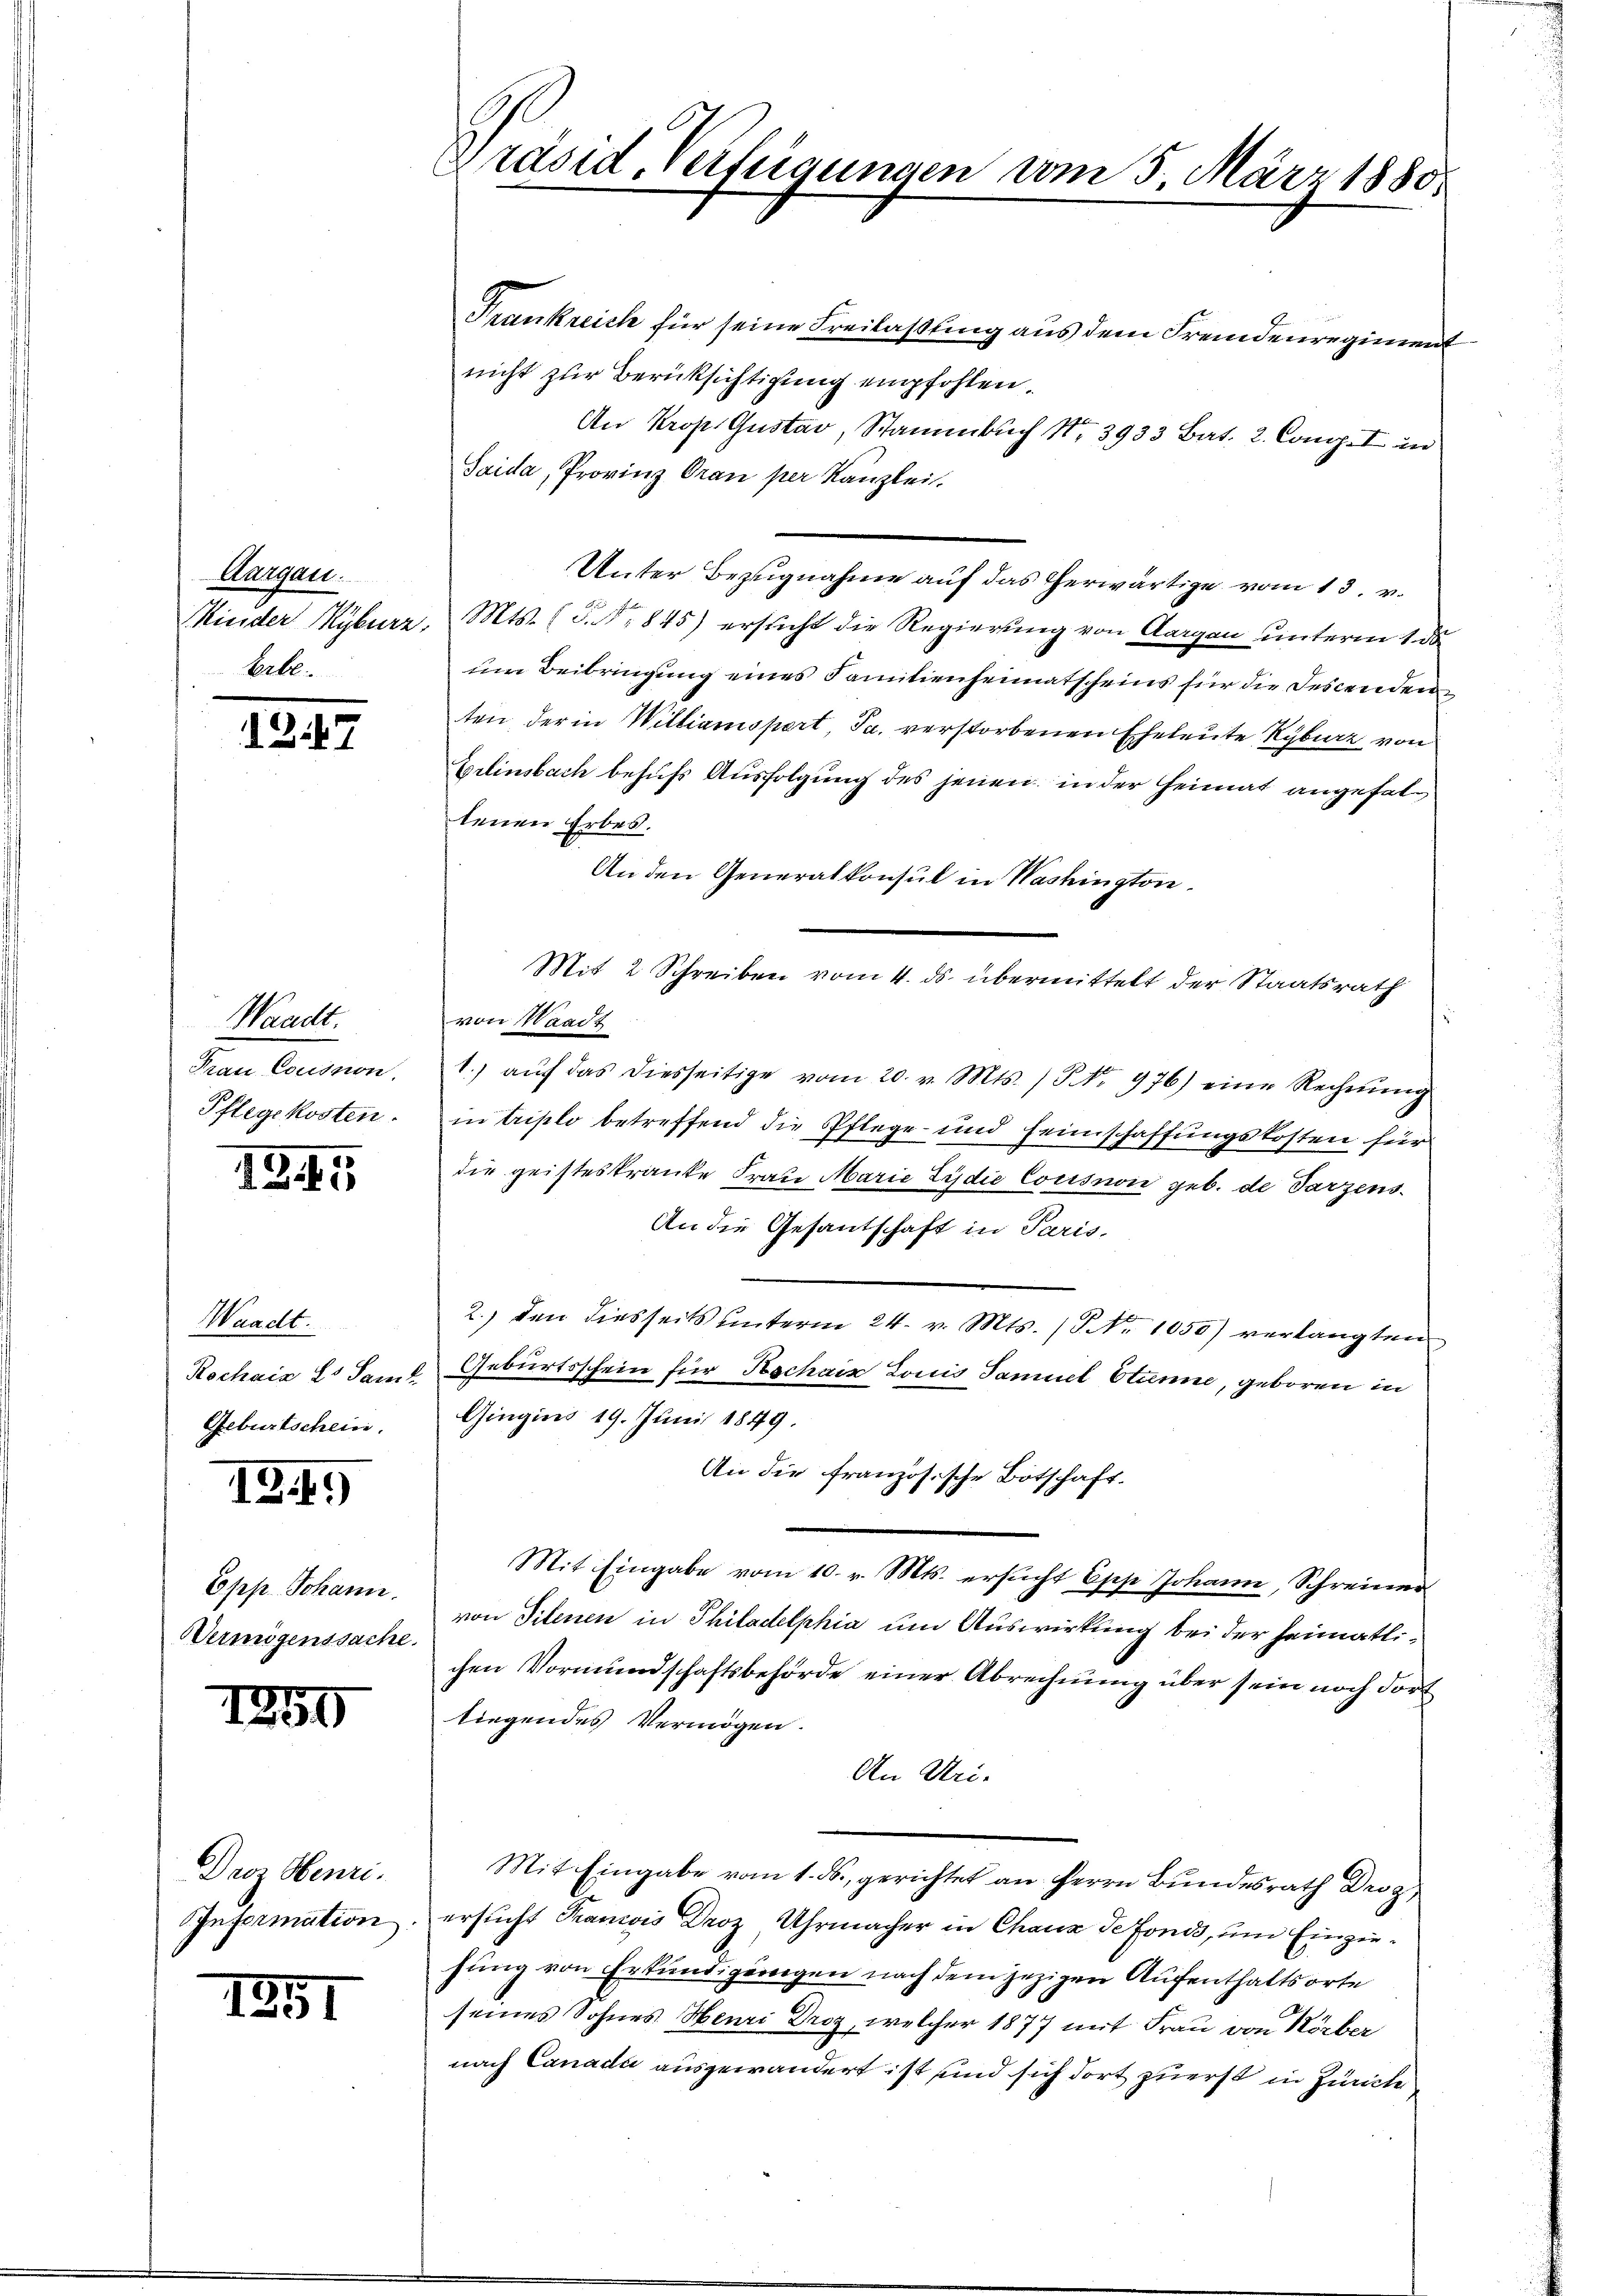
Aargau.
Eerbe.

1247

Badt.
Frau Cousnon,
Pflegekosten.

IG 5

Waadt.
Geburtschein.

12.19

Epp. Johann
Vermögenssache.

1250

Droz. Henri
Information

1891

Präsid. Verfügungen vom 5. März 1880.

Frankreich für seine Freilaßung aus dem Fremdenregiment
nicht zur Berücksichtigung empfohlen.
An Krop. Gustav, Stammbuch No. 3933 Bat. 2. Comp. I in
Saida, Provinz Oran per Kanzlei.
Unter Bezugnahme auf das herwärtige vom 13. v.
Kinder Kyburz, Mts. (T. Nr. 845) ersucht die Regierung von Aargau unterm 1. ds
um Beibringung eines Familienheimatscheins für die Descenden
ten der in Williamspert, Ja. verstorbenen Eheleute Kyburg von
Erlinsbach behufs Ausfolgung des jenen, in der Heimat angefallenen Erbes.
An den Generalkonsul in Washington,
von Waadt
1. aŭf das diesseitige vom 20. v. Mts. / NNo. 976) eine Rechnŭng
in triplo betreffend die Pflege- und Heimschaffungskosten für
die geisteskranke Frau Marie Lydie Cocisnon geb. de Parzens¬
An die Gesantschaft in Paris.
2.) den diesseits unterm 24. v. Mts. (T Nr. 1050) verlangten
Rochais L. Sam & Geburtsschein für Kochair Louis Samuel Stanne, geboren in
Gingins 19. Juni 1849.
An die französische Botschaft.
Mit Eingabe vom 10. v. Mts. ersŭcht Epp Johann, Schreinen
von Tilenen in Philadelphia um Auswirkung bei der heimatlichen Vormundschaftsbehörde einer Abrechnung über sein noch dort
liegendes Vermögen.
An Uri-
Mit Eingabe vom 1. ds., gerichtet an Herrn Bundesrath Droz
ersucht Francois Droz Uhrmacher in Chaux de fonds, um Einziehung von Erkundigungen nach dem jezigen Aufenthaltsorte
seines Sohnes Henri Drog, welcher 1877 mit Frau von Körber
nach Canada ausgewandert ist und sich dort zuerst in Zürich

Mit 2 Schreiben vom 4. ds. übermittelt der Staatsrath